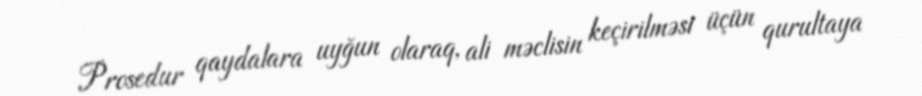
Prosedur qaydalara uyğun olaraq, ali məclisin keçirilməsi üçün qurultaya